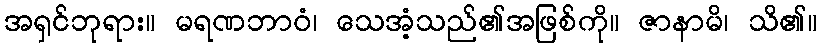
အရှင်ဘုရား။ မရဏဘာဝံ၊ သေအံ့သည်၏အဖြစ်ကို။ ဇာနာမိ၊ သိ၏။